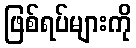
ဖြစ်ရပ်များကို